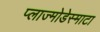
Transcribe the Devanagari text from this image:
प्लाज्मोडेस्माटा